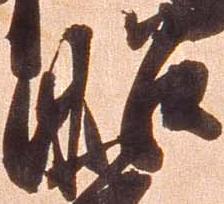
昭